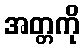
အတ္တကို